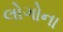
લોગોના